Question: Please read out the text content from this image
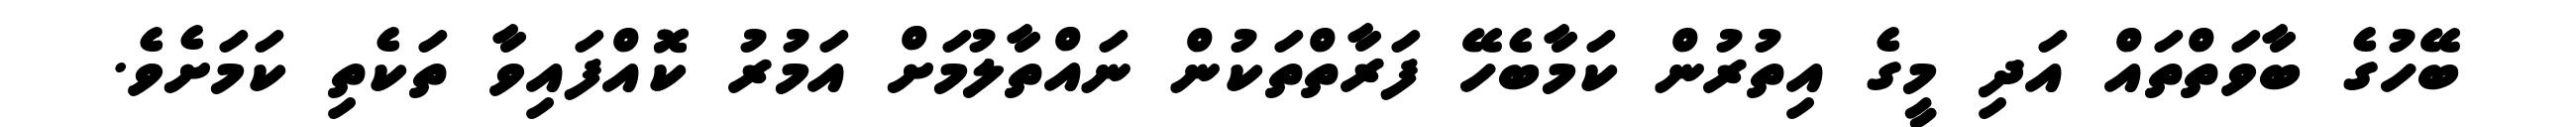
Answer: ބޭހުގެ ބާވަތްތައް އަދި މީގެ އިތުރުން ކަމާބެހޭ ފަރާތްތަކުން ނައްތާލުމަށް އަމުރު ކޮއްފައިވާ ތަކެތި ކަމަށެވެ.